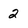
Character: 2